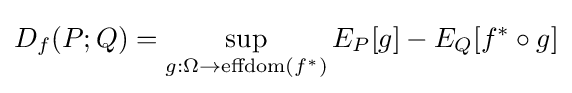
D_{f}(P;Q)=\sup _{g:\Omega \to \mathrm {effdom} (f^{*})}E_{P}[g]-E_{Q}[f^{*}\circ g]